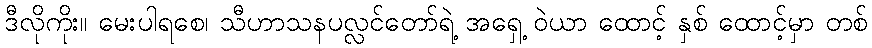
ဒီလိုကိုး။ မေးပါရစေ၊ သီဟာသနပလ္လင်တော်ရဲ့ အရှေ့ ဝဲယာ ထောင့် နှစ် ထောင့်မှာ တစ်